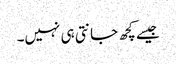
جیسے کچھ جانتی ہی نہیں۔